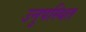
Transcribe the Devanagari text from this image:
उनुपस्थित